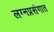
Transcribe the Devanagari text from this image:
लग्नप्रसंगात